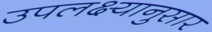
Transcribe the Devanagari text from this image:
उपलक्ष्यानुसार